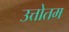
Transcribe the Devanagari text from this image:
उत्तोतम